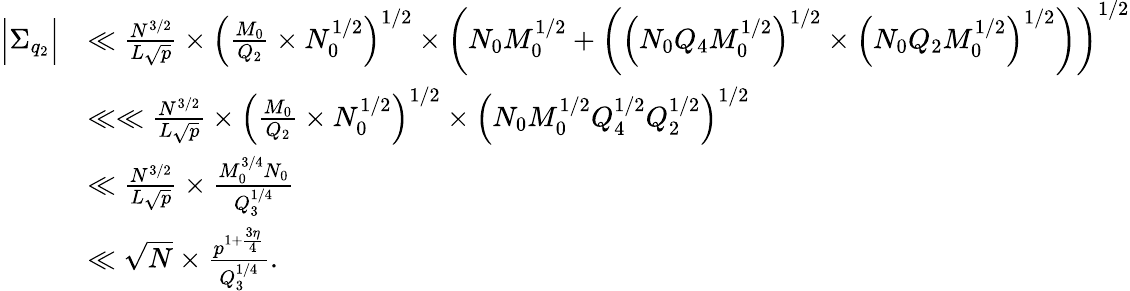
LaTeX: \begin{array}{rl}{\Big|\Sigma_{q_{2}}\Big|}&{\ll\frac{N^{3/2}}{L\sqrt{p}}\times\left(\frac{M_{0}}{Q_{2}}\times N_{0}^{1/2}\right)^{1/2}\times\left(N_{0}M_{0}^{1/2}+\left(\left(N_{0}Q_{4}M_{0}^{1/2}\right)^{1/2}\times\left(N_{0}Q_{2}M_{0}^{1/2}\right)^{1/2}\right)\right)^{1/2}}\\ &{\ll\ll\frac{N^{3/2}}{L\sqrt{p}}\times\left(\frac{M_{0}}{Q_{2}}\times N_{0}^{1/2}\right)^{1/2}\times\left(N_{0}M_{0}^{1/2}Q_{4}^{1/2}Q_{2}^{1/2}\right)^{1/2}}\\ &{\ll\frac{N^{3/2}}{L\sqrt{p}}\times\frac{M_{0}^{3/4}N_{0}}{Q_{3}^{1/4}}}\\ &{\ll\sqrt{N}\times\frac{p^{1+\frac{3\eta}{4}}}{Q_{3}^{1/4}}.}\end{array}